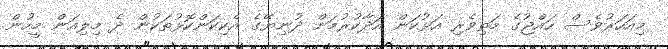
މިއަހަރުވެސް ހައްޖުގެ މަތިވެރި އަޅުކަން އަދާކުރުމަށް ދުނިޔޭގެ އެކިކަންކޮޅުތަކުން ދެ މިލިއަން މީހުން